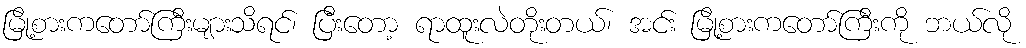
မြို့စားကတော်ကြီးများသိရင်၊ ပြီးတော့ ရာထူးလဲတိုးတယ်၊ အင်း မြို့စားကတော်ကြီးကို ဘယ်လို